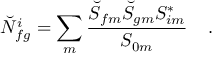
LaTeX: \breve { N } _ { f g } ^ { i } = \sum _ { m } { \frac { \breve { S } _ { f m } \breve { S } _ { g m } { S } _ { i m } ^ { * } } { { S } _ { 0 m } } } \; \; \; \; .